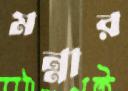
মন্নার